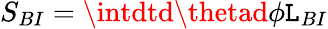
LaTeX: S_{BI}=\intdtd\thetad\phi{\cal\mathtt{L}}_{BI}